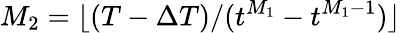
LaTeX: M_{2}=\lfloor(T-\Delta T)/(t^{M_{1}}-t^{M_{1}-1})\rfloor